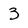
Character: 3